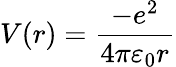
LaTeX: V(r)={\frac{-e^{2}}{4\pi\varepsilon_{0}r}}